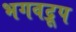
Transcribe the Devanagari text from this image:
भगवद्रूप